Newspaper: The Hot Springs star.
Place of publication: Hot Spings [Hot Springs], Dakota [Dakota Territory, i.e. S.D.]
Publisher: LaFleiche & Stewart
Date: 1890-08-22 00:00:00
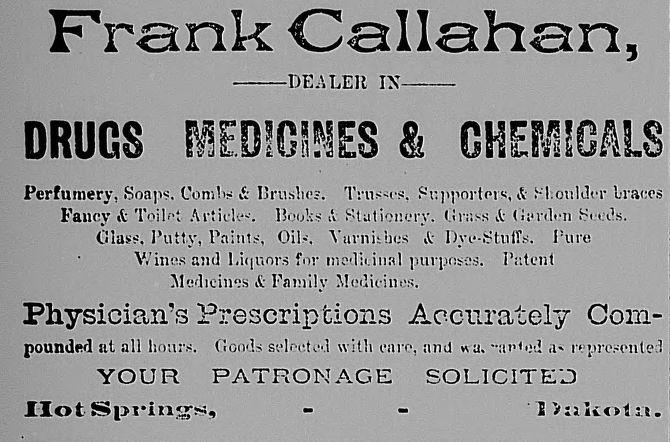
Advertisement text (OCR):
HotSpi'in^s, DEALER IX DRUGS MED1G9HES & CHEMICALS Perfumery. Soaps. Combs & Drastic?. Trusses. Supporters, &• Moulder braces Fancy & Toilet Article--. Books A Stationery. Gross A- Gmlen Sceils. Class. Putty, Paints. Oils. YurnUbcs i: Dye-Stuffs. Pure •••.. V.'ines and Liquors for nuvlii.iiial purposes. Patent Medicines it Family Medicines. Physician's Prescriptions Accurately Com­ pounded at all hours, Goods selected with care, and «u. ,1- represented YOUR PATRONAGE SOLICITED u.
Label: text-only